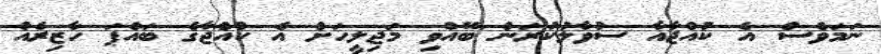
ނަމަވެސް އެ ކުއްޖާއާ ސުވާލުކުރަން ބޭއްވި މަޖިލީހަށް އެ ކުއްޖާގެ ބައްޕަ ހާޒިރެއް